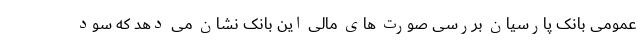
عمومی بانک پارسیان بررسی صورت های مالی این بانک نشان می دهد که سود